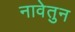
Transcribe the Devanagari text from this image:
नावेतुन